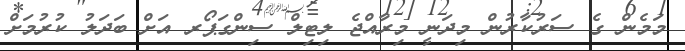
މަމެން ގެ ސަރުކާރުން މިދަނީ މިރާއްޖެ ލިޓިލް ސިންގަޕޯރ އަށް ބަދަލު ކުރުމަށް